Vaccination North-Western Provinces and Oudh 1878-1895 - 1878-1895
Year: 1878
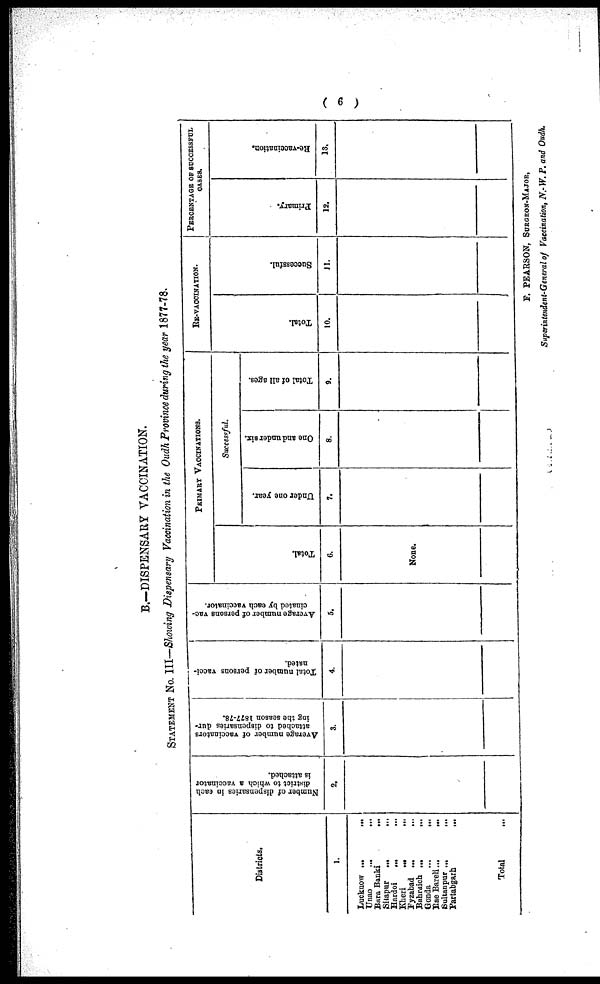
( 6 )
B.-DISPENSARY VACCINATION.
STATEMENT NO. III—Showing Dispensary Vaccination in the Oudh Province during the year 1877-78.
Districts.
1.
Lucknow ...
...
Unao
...
...
Bara Banki
...
...
Sitapur
...
...
Hardoi
...
...
kheri
...
...
Fyzabad ... ...
Bahraich ... ...
Gonda ... ...
Rae Bareli... ...
Sultanpur ... ...
Partabgarh
...
Total
...
Number of dispensaries in each
district to which a vaccinator
is attached.
2.
Average number of vaccinators
attached to dispensaries dur-
ing the season 1877-78.
3.
Total number of persons vacci-
nated.
4.
Average number of persons vac-
cinated by each vaccinator.
5.
PRIMARY VACCINATIONS.
Total.
6.
None.
Successful.
Under one year.
7.
One and under six.
8.
Total of all ages.
9.
RE-VACCINATION.
Total.
10.
Successful.
11.
PERCENTAGE OF SUCCESSFUL
CASES.
Primary.
12.
Re-vaccination.
13.
F. PEARSON, SURGEON-MAJOR,
Superintendent-General of Vaccination, N.-W. P. and Oudh.